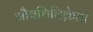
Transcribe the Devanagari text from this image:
औषधिविक्रेता